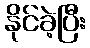
နိုင်ခဲ့ပြီး